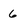
Character: 6